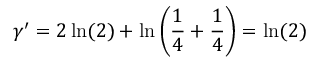
\gamma ^ { \prime } = 2 \ln ( 2 ) + \ln \left( \frac { 1 } { 4 } + \frac { 1 } { 4 } \right) = \ln ( 2 )